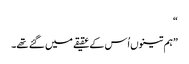
“
”ہم تینوں اُس کے عقیقے میں گئے تھے۔